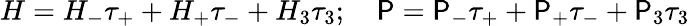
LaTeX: H=H_{-}\tau_{+}+H_{+}\tau_{-}+H_{3}\tau_{3};\quad\mathsf{P}=\mathsf{P}_{-}\tau_{+}+\mathsf{P}_{+}\tau_{-}+\mathsf{P}_{3}\tau_{3}